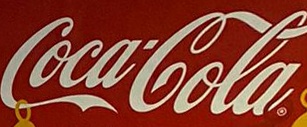
CocaCola